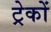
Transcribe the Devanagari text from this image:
ट्रेकों